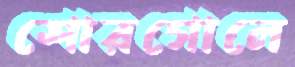
শোরগোলে